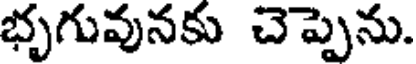
భృగువునకు చెప్పెను.